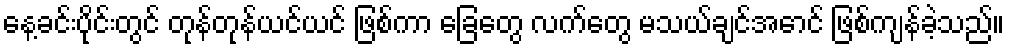
နေ့ခင်းပိုင်းတွင် တုန်တုန်ယင်ယင် ဖြစ်ကာ ခြေတွေ လက်တွေ မသယ်ချင်အောင် ဖြစ်ကျန်ခဲ့သည်။